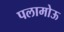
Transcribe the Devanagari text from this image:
पलामोऊ